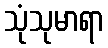
သုံသုမာရာ